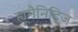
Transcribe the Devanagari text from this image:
ह्यूमैनिटिज